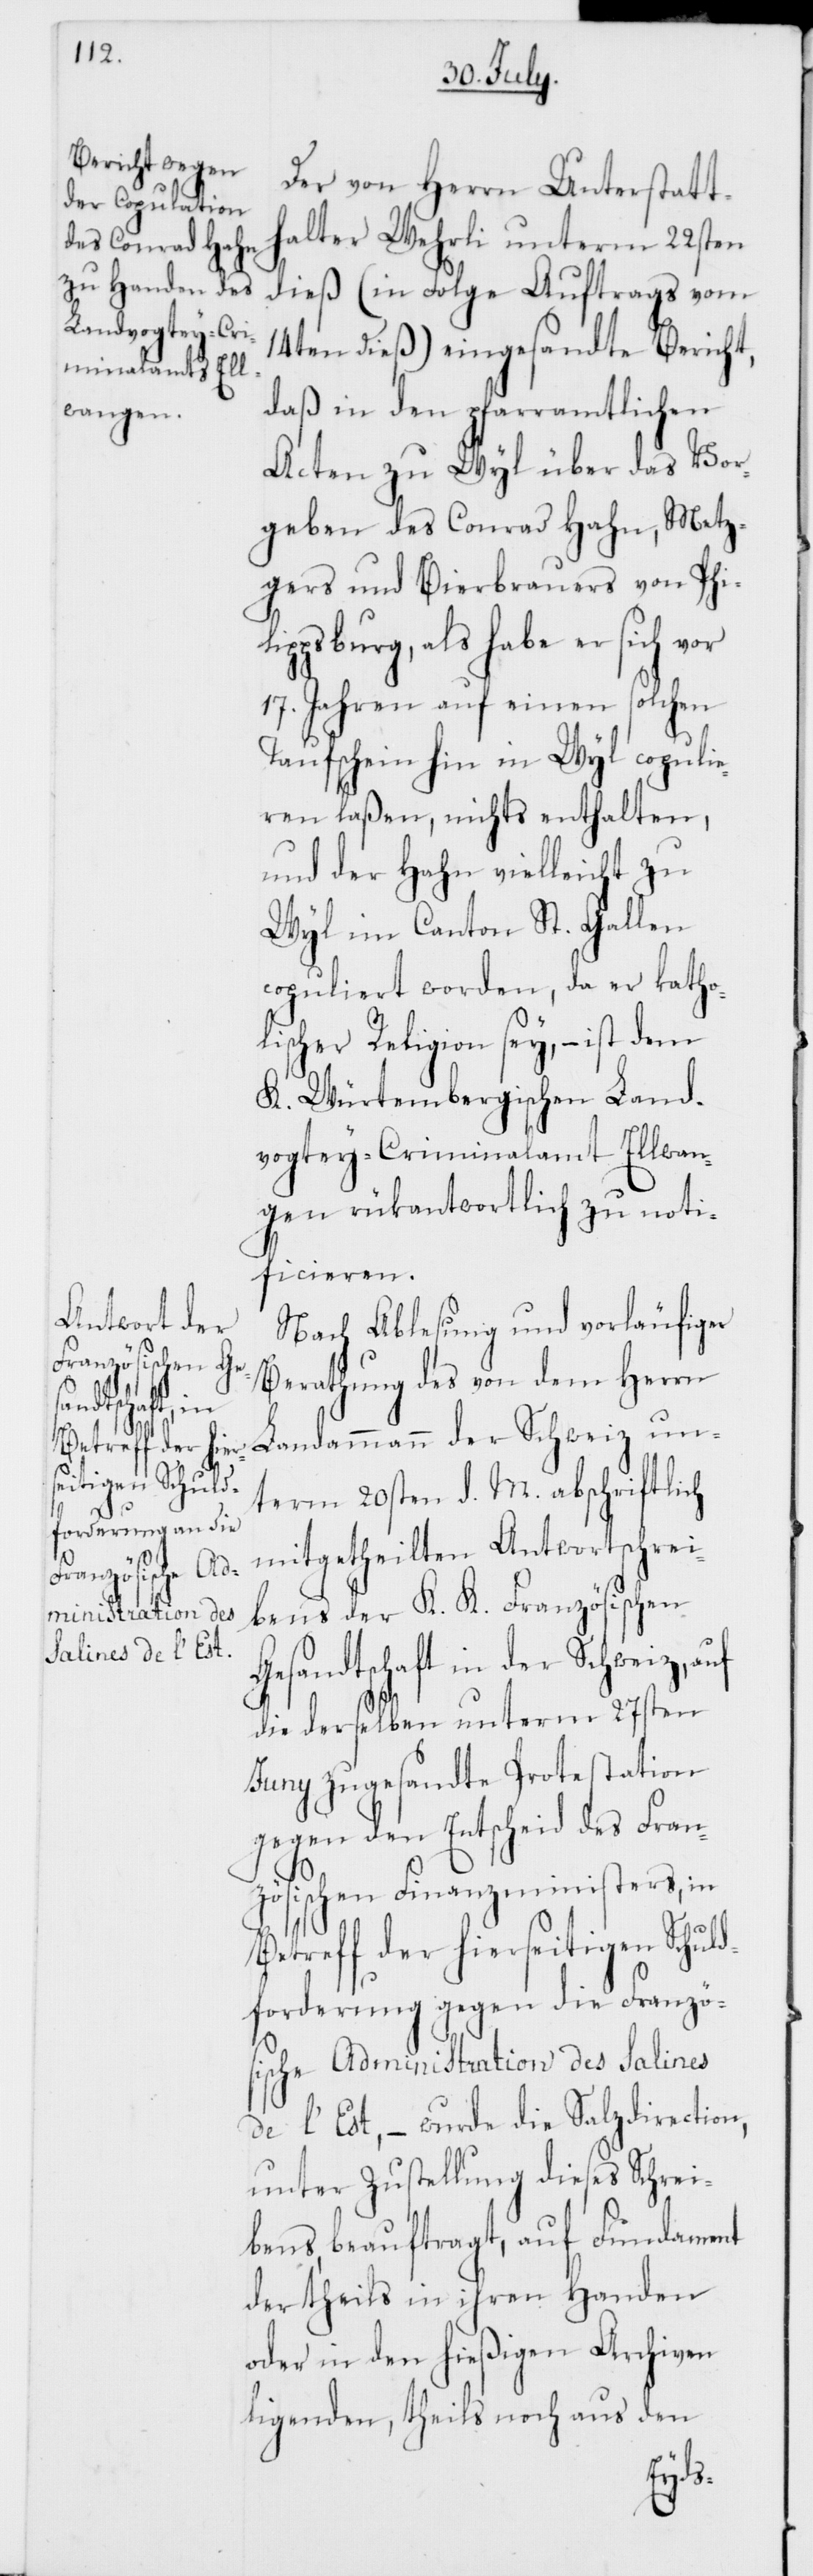
Der von Herrn Unterstatt¬
halter Wehrli unterm 22sten
dieß (in Folge Auftrags vom
14ten dieß) eingesandte Bericht,
daß in den pfarramtlichen
Acten zu Wyl über das Vor¬
geben des Conrad Hahn, Metz¬
gers und Bierbrauers von Phil¬
ippsburg, als habe er sich vor
17. Jahren auf einem solchen
Taufschein hin in Wyl copulie¬
ren laßen, nichts enthalten,
und der Hahn vielleicht zu
Wyl im Canton St. Gallen
copuliert worden, da er katho¬
lischer Religion sey, – ist dem
K. Würtembergischen Land¬
vogtey-Criminalamt Ellwan¬
gen rükantwortlich zu noti¬
ficieren.
Nach Ablesung und vorläufiger
Berathung des von dem Herrn
Landammann der Schweiz un¬
term 20sten d. M. abschriftlich
mitgetheilten Antwortschrei¬
bens der K. K. Französischen
sandtschaft in der Schweiz,
die derselben unterm 27sten
Juny zugesandte Protestation
gegen den Entscheid des Fran¬
zösischen Finanzministers, in
Betreff der hierseitigen Schul¬
dforderung gegen die Französ¬
ische Administration des Salines
de l’Est, – wurde die Salzdirection,
unter Zustellung dieses Schrei¬
bens beauftragt, auf Fundament
der theils in ihren Handen
oder in den hießigen Archiven
ligenden, theils noch aus den
Ge¬